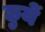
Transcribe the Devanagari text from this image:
छुयें